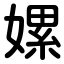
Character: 嫘